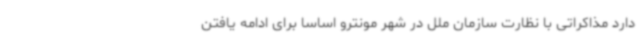
دارد مذاکراتی با نظارت سازمان ملل در شهر مونترو اساسا برای ادامه یافتن